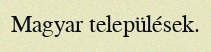
Magyar települések.